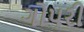
ગોપરી